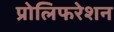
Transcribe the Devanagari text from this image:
प्रोलिफरेशन